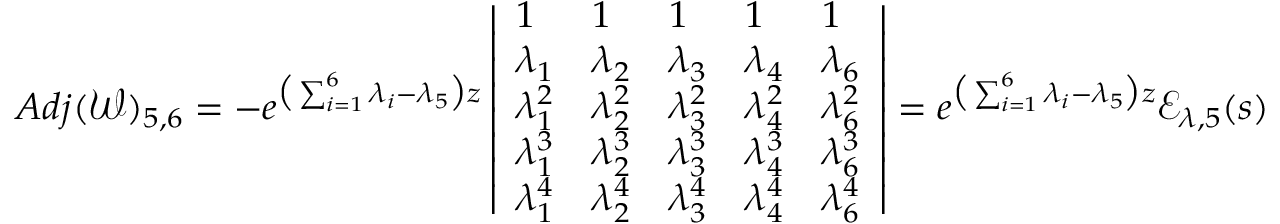
A d j ( \mathscr { W } ) _ { 5 , 6 } = - e ^ { \big ( \sum _ { i = 1 } ^ { 6 } \lambda _ { i } - \lambda _ { 5 } \big ) z } \left| \begin{array} { l l l l l } { 1 } & { 1 } & { 1 } & { 1 } & { 1 } \\ { \lambda _ { 1 } } & { \lambda _ { 2 } } & { \lambda _ { 3 } } & { \lambda _ { 4 } } & { \lambda _ { 6 } } \\ { \lambda _ { 1 } ^ { 2 } } & { \lambda _ { 2 } ^ { 2 } } & { \lambda _ { 3 } ^ { 2 } } & { \lambda _ { 4 } ^ { 2 } } & { \lambda _ { 6 } ^ { 2 } } \\ { \lambda _ { 1 } ^ { 3 } } & { \lambda _ { 2 } ^ { 3 } } & { \lambda _ { 3 } ^ { 3 } } & { \lambda _ { 4 } ^ { 3 } } & { \lambda _ { 6 } ^ { 3 } } \\ { \lambda _ { 1 } ^ { 4 } } & { \lambda _ { 2 } ^ { 4 } } & { \lambda _ { 3 } ^ { 4 } } & { \lambda _ { 4 } ^ { 4 } } & { \lambda _ { 6 } ^ { 4 } } \end{array} \right| = e ^ { \big ( \sum _ { i = 1 } ^ { 6 } \lambda _ { i } - \lambda _ { 5 } \big ) z } \mathscr { E } _ { \lambda , 5 } ( s )